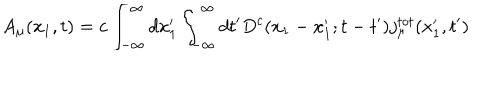
A _ { \mu } ( x _ { 1 } , t ) = c \int _ { - \infty } ^ { \infty } d x _ { 1 } ^ { \prime } \int _ { - \infty } ^ { \infty } d t ^ { \prime } D ^ { c } ( x _ { 1 } - x _ { 1 } ^ { \prime } ; t - t ^ { \prime } ) j _ { \mu } ^ { t o t } ( x _ { 1 } ^ { \prime } , t ^ { \prime } )